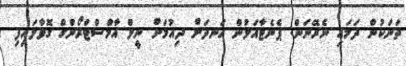
ތަނަކުން ދަމައި ނެރޭނަން: ޕެނެޓާއަލުން ހަނދަށް ދިއުމަށް ނީލް އާމްސްޓްރޯންގް ގޮވާލައިފި